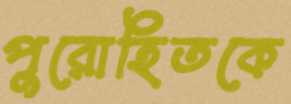
পুরোহিতকে